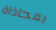
بمحاذاة